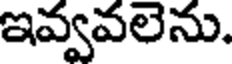
ఇవ్వవలెను.